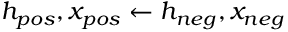
h _ { p o s } , x _ { p o s } \gets h _ { n e g } , x _ { n e g }